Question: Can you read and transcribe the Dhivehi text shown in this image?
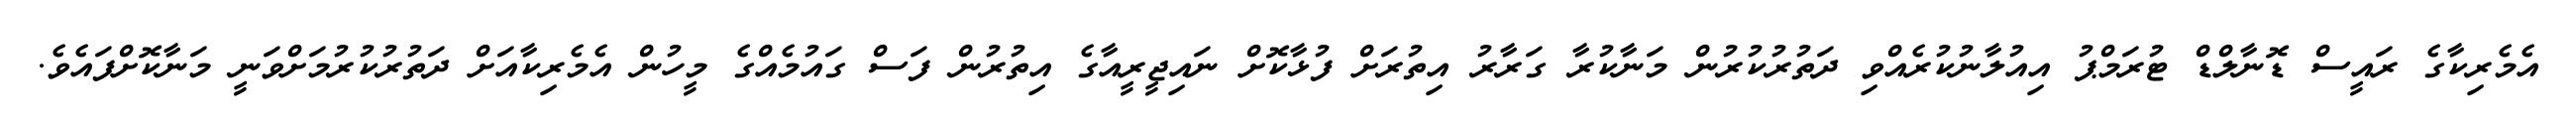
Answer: އެމެރިކާގެ ރައީސް ޑޮނާލްޑް ޓުރަމްޕު އިއުލާނުކުރެއްވި ދަތުރުކުރުން މަނާކުރާ ގަރާރު އިތުރަށް ފުޅާކޮށް ނައިޖީރީއާގެ އިތުރުން ފަސް ގައުމެއްގެ މީހުން އެމެރިކާއަށް ދަތުރުކުރުމަށްވަނީ މަނާކޮށްފައެވެ.